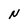
Character: N